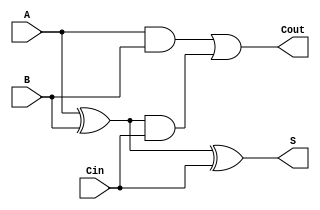
module TreeStructuredFullAdder (
    input wire A,       // First binary input
    input wire B,       // Second binary input
    input wire Cin,     // Carry-in input
    output wire S,      // Sum output
    output wire Cout    // Carry-out output
);

// Level 1 - Initial Sum Calculation
wire S1;              // Intermediate sum
wire C1;              // Carry from A and B
wire C2;              // Carry from S1 and Cin

// Compute initial sum S1
assign S1 = A ^ B;

// Compute carry contributions
assign C1 = A & B;
assign C2 = S1 & Cin;

// Level 2 - Final Sum Calculation
assign S = S1 ^ Cin;

// Level 2 - Final Carry Calculation
assign Cout = C1 | C2;

endmodule